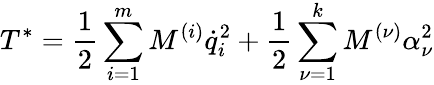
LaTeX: T^{*}=\frac{1}{2}\sum_{i=1}^{m}M^{(i)}{\dot{q}}_{i}^{2}+\frac{1}{2}\sum_{\nu=1}^{k}M^{(\nu)}\alpha_{\nu}^{2}